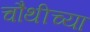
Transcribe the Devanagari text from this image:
चौथीच्या